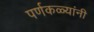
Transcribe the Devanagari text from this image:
पर्णकळ्यांनी